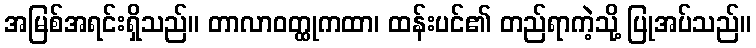
အမြစ်အရင်းရှိသည်။ တာလာဝတ္ထုကထာ၊ ထန်းပင်၏ တည်ရာကဲ့သို့ ပြုအပ်သည်။